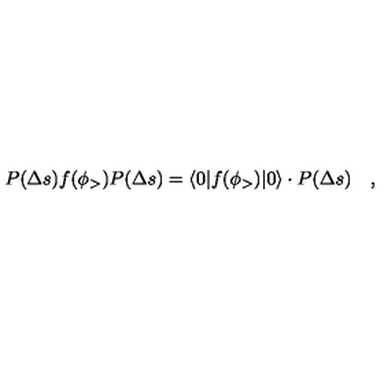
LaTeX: P ( \Delta s ) f ( \phi _ { > } ) P ( \Delta s ) = \langle 0 | f ( \phi _ { > } ) | 0 \rangle \cdot P ( \Delta s ) \quad ,